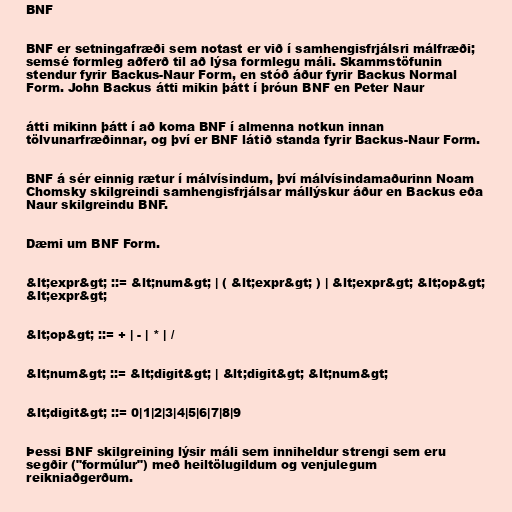
BNF

BNF er setningafræði sem notast er við í samhengisfrjálsri málfræði;
semsé formleg aðferð til að lýsa formlegu máli. Skammstöfunin
stendur fyrir Backus-Naur Form, en stóð áður fyrir Backus Normal
Form. John Backus átti mikin þátt í þróun BNF en Peter Naur

átti mikinn þátt í að koma BNF í almenna notkun innan
tölvunarfræðinnar, og því er BNF látið standa fyrir Backus-Naur Form.

BNF á sér einnig rætur í málvísindum, því málvísindamaðurinn Noam
Chomsky skilgreindi samhengisfrjálsar mállýskur áður en Backus eða
Naur skilgreindu BNF.

Dæmi um BNF Form.

&lt;expr&gt; ::= &lt;num&gt; | ( &lt;expr&gt; ) | &lt;expr&gt; &lt;op&gt;
&lt;expr&gt;

&lt;op&gt; ::= + | - | * | /

&lt;num&gt; ::= &lt;digit&gt; | &lt;digit&gt; &lt;num&gt;

&lt;digit&gt; ::= 0|1|2|3|4|5|6|7|8|9

Þessi BNF skilgreining lýsir máli sem inniheldur strengi sem eru
segðir ("formúlur") með heiltölugildum og venjulegum
reikniaðgerðum.